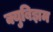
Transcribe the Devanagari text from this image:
क्युबिझम